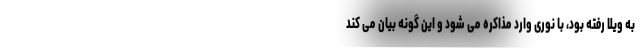
به ویلا رفته بود، با نوری وارد مذاکره می شود و این گونه بیان می کند